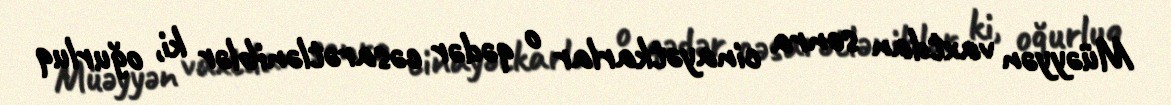
Müəyyən vaxtdan sonra cinayətkarlar o qədər cəsarətləniblər ki, oğurluq